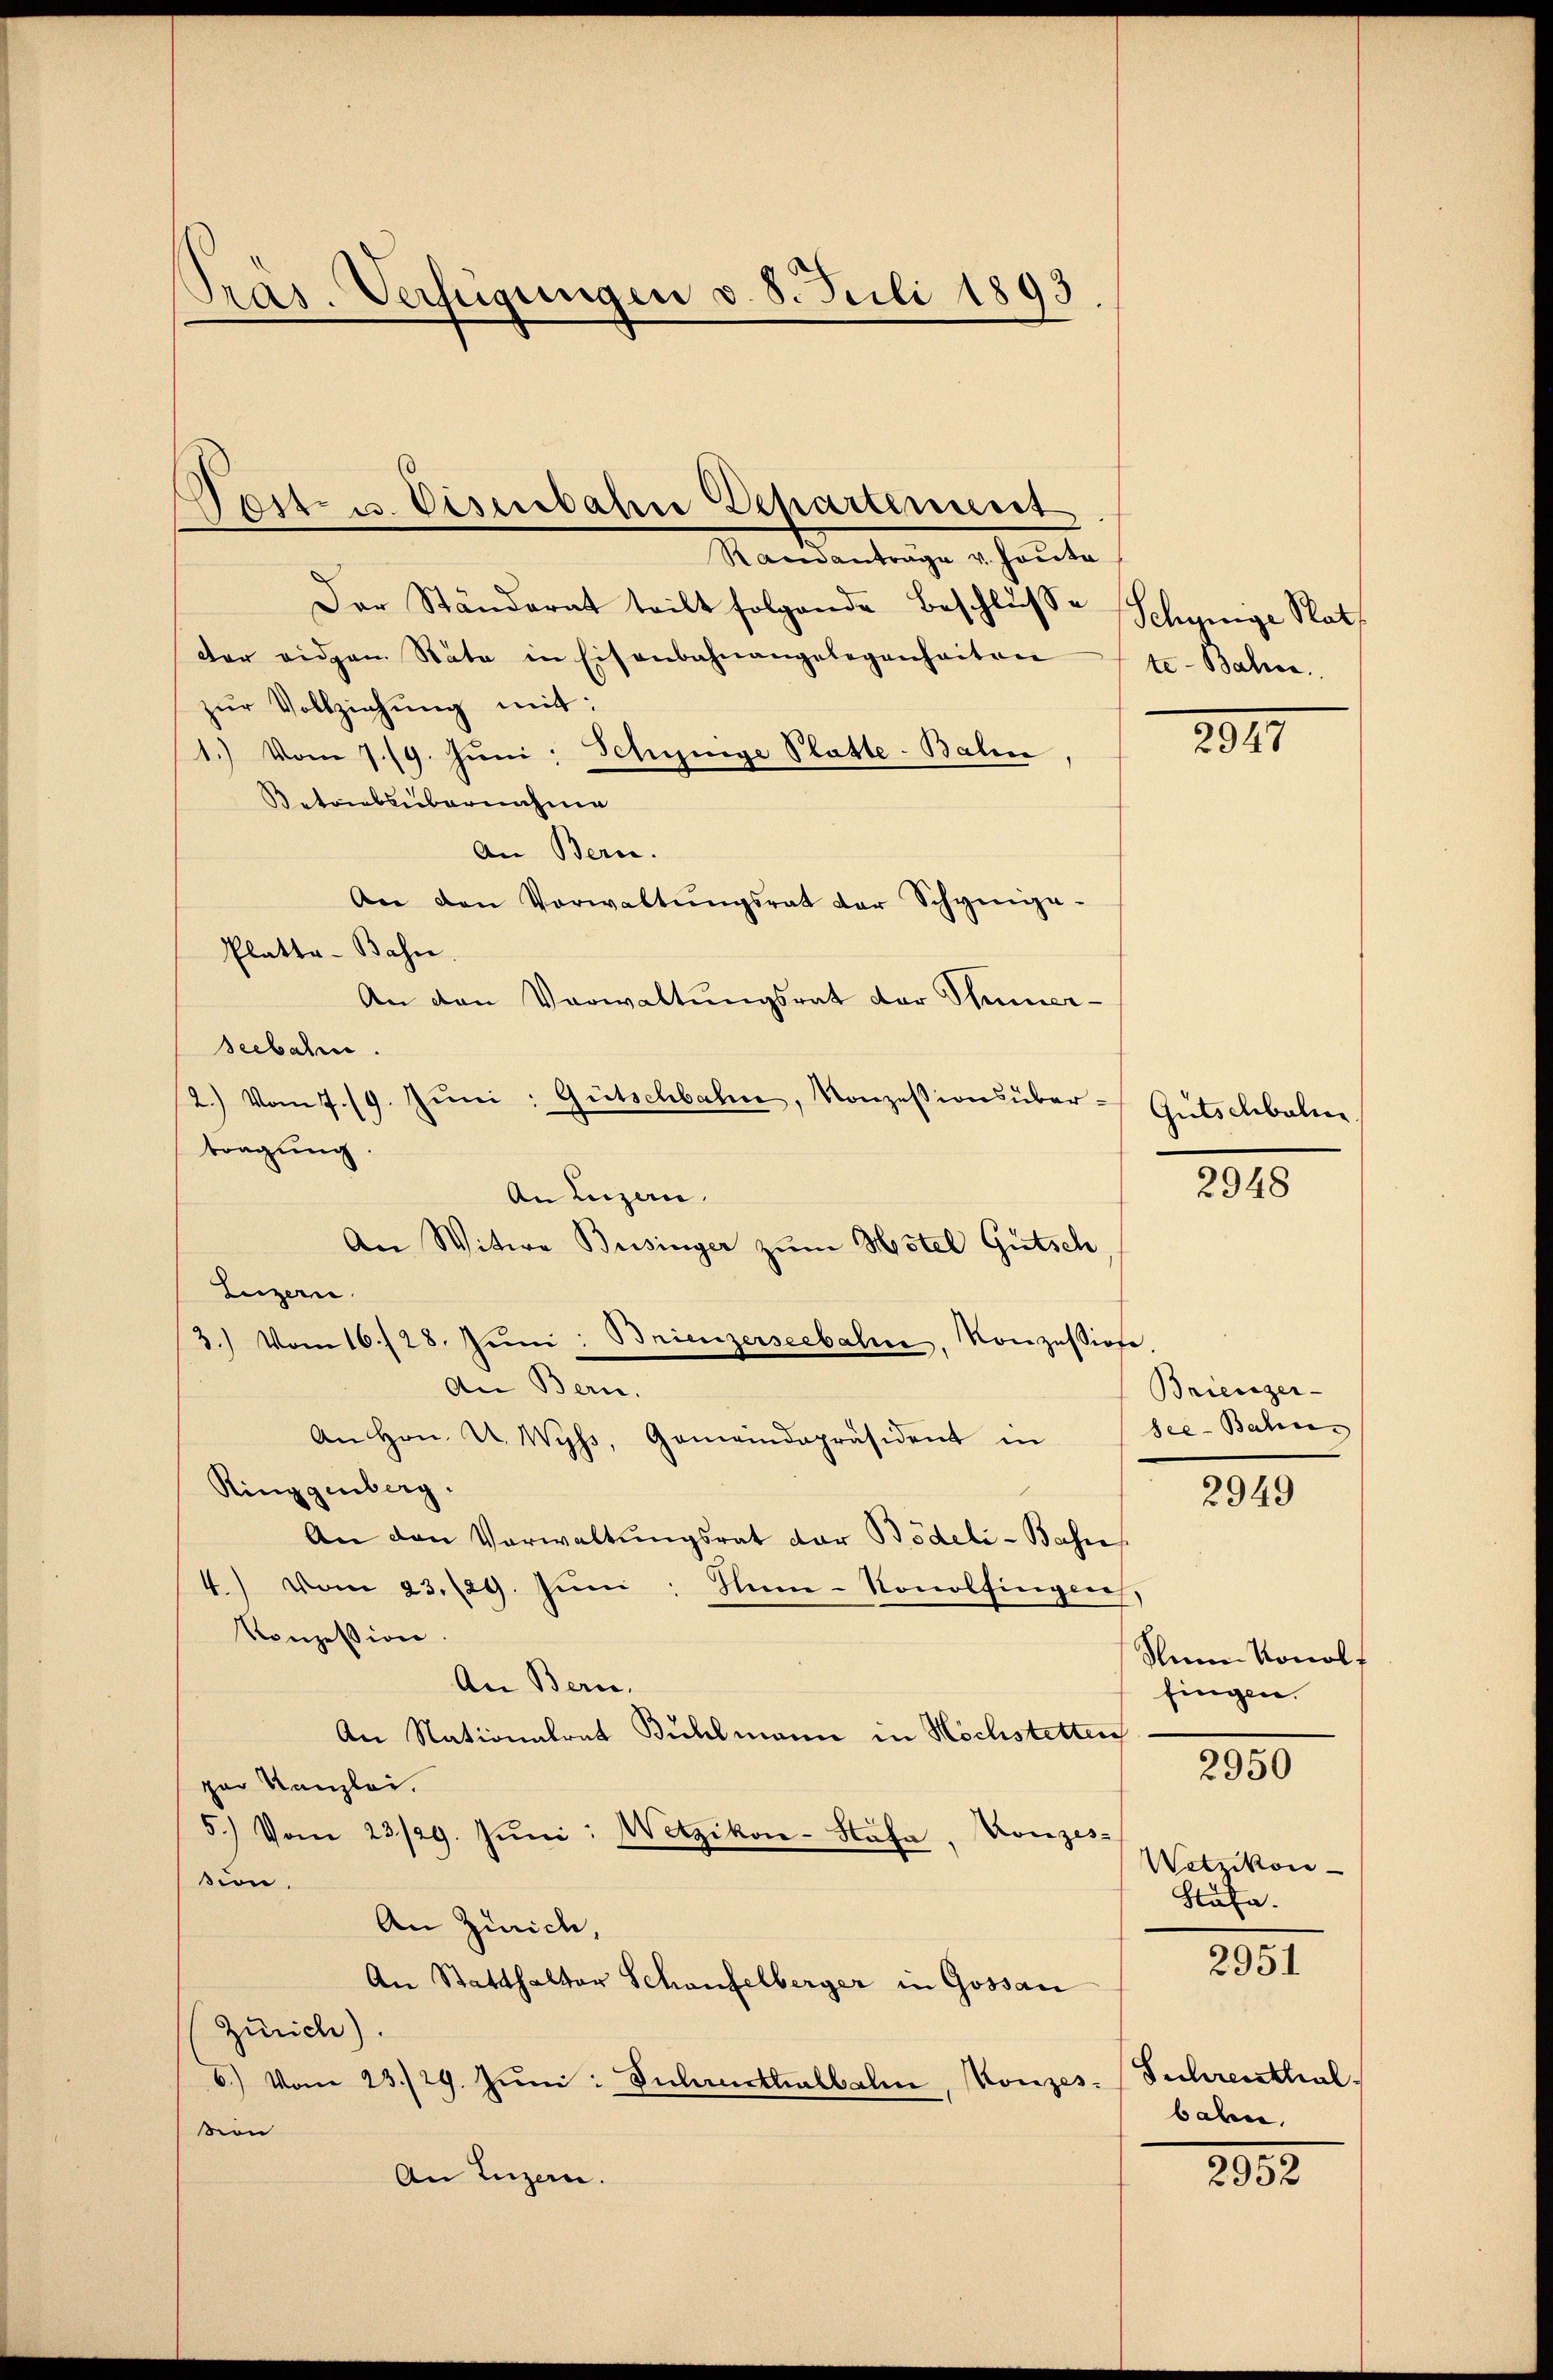
Präs. Verfügungen v. 8. Juli 1893

Der Ständerat teilt folgende Beschlusse
der eidgen Stäte in Eisenbahnangelegenheiten
zŭr Vollziehŭng mit:
1.) Vom 7./9. Juni: Schisinge Platte-Balin,
Betriebsübernahme
An Bern.
An den Vorwaltŭngsrat der Schynia-
Platta-Bahn.
An den Verwaltŭngsrat der Sinner-
seebahn.
2.) Vom 7./9. Juni: Gütschbahn, Konzessionsüber-
tragung.
An Luzern.
An Witwe Beisinger zum Hotel Gutsch
Luzern.
3.) Vom 16./28. Juni: Brienzerseebahn. Konzessione
An Bern.
An Hrn. U. Wyss, Gemeindepräsident in See-Bahn-
Ringgenberg.
An den Verwaltŭngsrat dar Bödeli-Bahn
4) vom 23./29. Juni: Nune-Konolfingen,
Konzession.
An Bern.
An Nationalrat Bühlmann in Höchstetten
par Kanzlei.
5.) Vom 23/29. Jŭni: Wetzikon-Stäfa, Konzes-
sion,
An Zürich,
An Statthalter Schaufelberger in Gossan
Zürich).
6.) Vom 23./29. Jŭni: Suhresthalbelm, Konzes (Suhrenthal.
vion
An Luzern.

Pest u. Eisenbahn Departement
Mandentrage schonte

Schynige Rath
te-Bahn.

2347

Gutschbali

2948

Brienger-

2949

Seine Nonolf
fingen.
2950

Wetzikon -
Stäfa.

2951

bahn.

2052